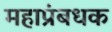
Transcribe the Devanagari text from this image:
महाप्रंबधक